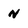
Character: n